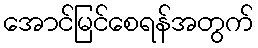
အောင်မြင်စေရန်အတွက်